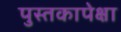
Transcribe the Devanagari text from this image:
पुस्तकापेक्षा